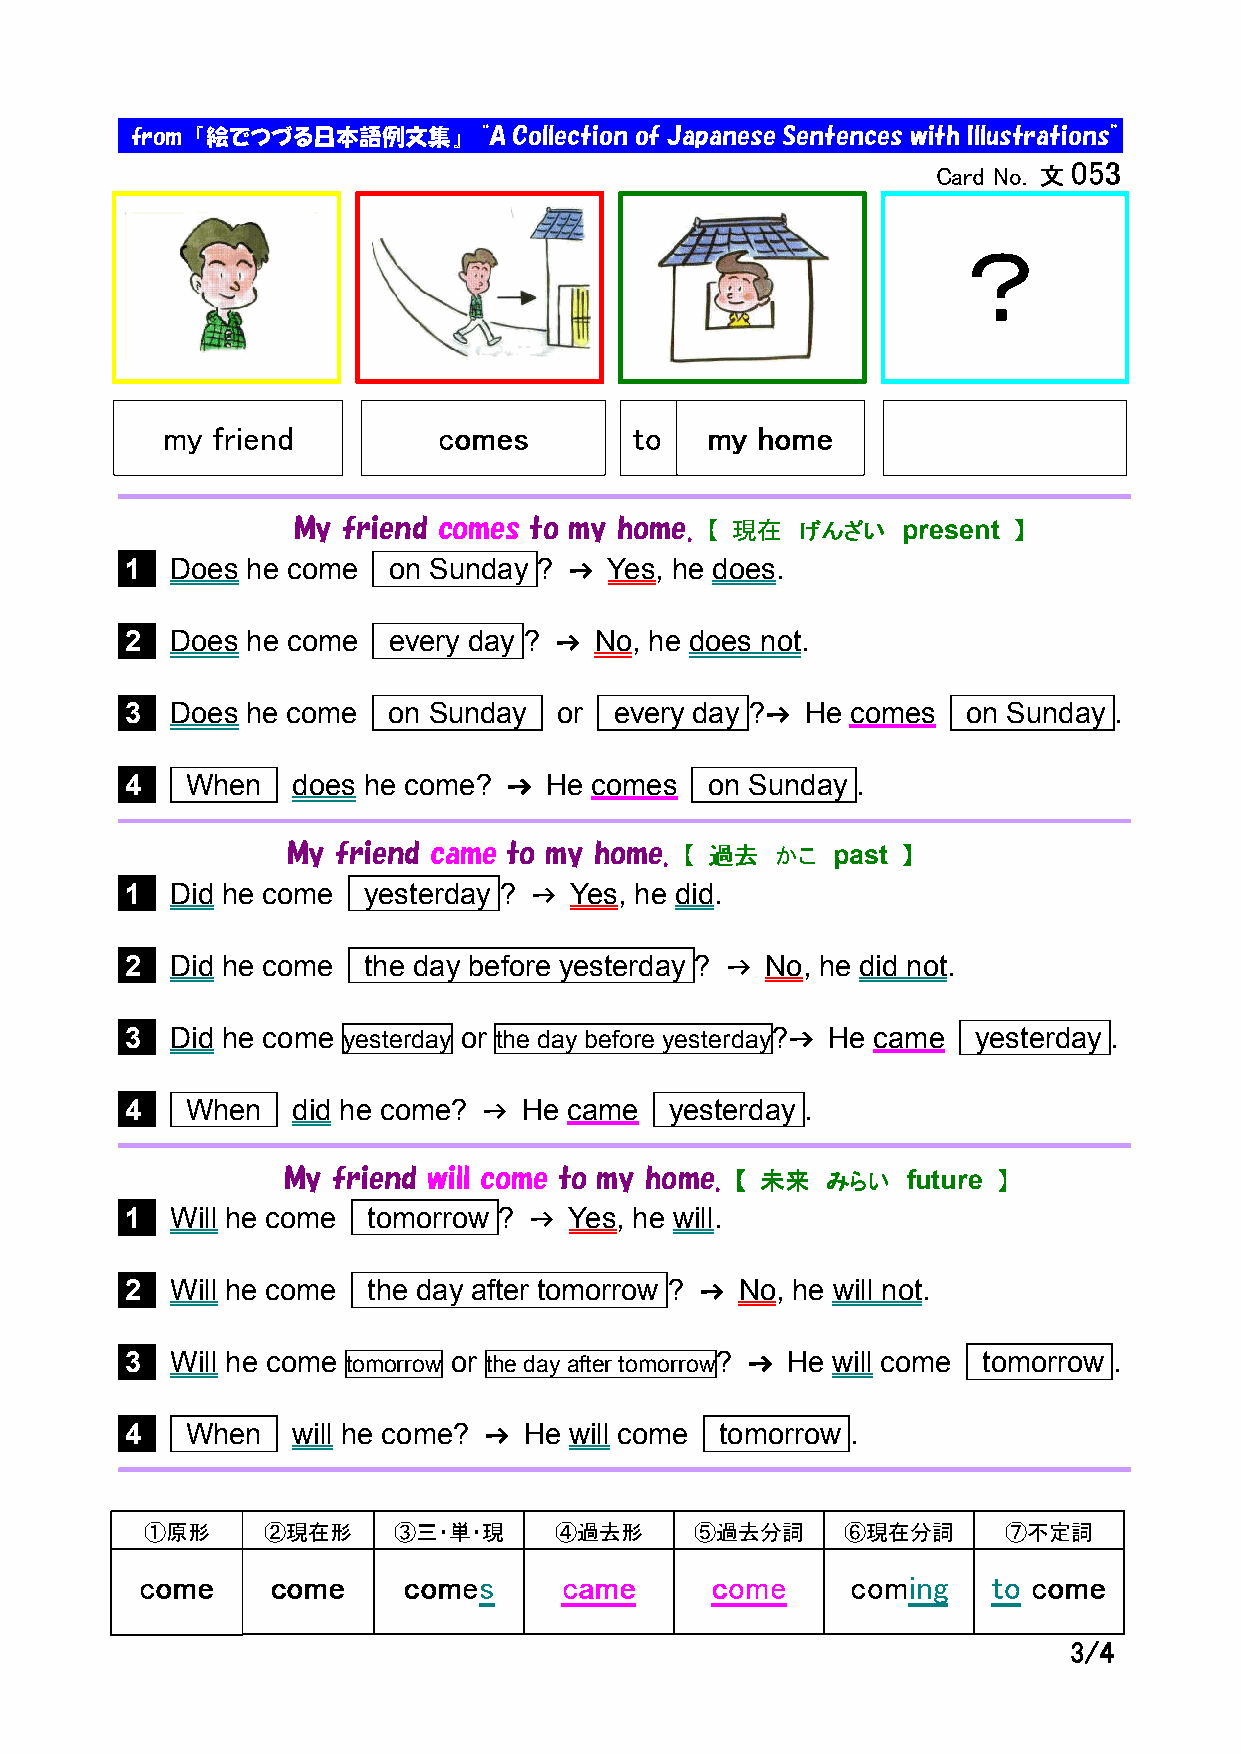
ofrom 『絵でつづる日本語例文集』     “A Collection of Japanese Sentences with Illustrations”
 Card No.
 文文文文000055553333
 ？
 mmmmyyyy ffffrrrriiiieeeennnndddd ccccoooommmmeeeessss ttttoooo mmmmyyyy hhhhoooommmmeeee
 M y friend comes to my home. 【【【【 現現現現在在在在 げげげげんんんんざざざざいいいい present 】】】】
 l1 Does he come   on Sunday ? →→→→ Yes, he does.
 l2 Does he come   every day ? →→→→ No, he does not.
 l3 Does he come   on Sunday  or  every day ?→→→→ He comes on Sunday .
 l4  When   does he come?  →→→→ He comes on Sunday .
 M y friend came to my home. 【【【【 過過過過去去去去 かかかかここここ past 】】】】
 l1 Did he come  yesterday ? →→→→ Yes, he did.
 l2 Did he come  the day before yesterday ? →→→→ No, he did not.
 l3 Did he come yesterday or the day before yesterday?→→→→ He came yesterday .
 l4  When   did he come? →→→→ He came yesterday .
 M y friend will come to my home. 【【【【 未未未未来来来来 みみみみららららいいいい future 】】】】
 l1 Will he come tomorrow ? →→→→ Yes, he will.
 l2 Will he come the day after tomorrow ? →→→→ No, he will not.
 l3 Will he come tomorrow or the day after tomorrow? →→→→ He will come tomorrow .
 l4  When   will he come? →→→→ He will come tomorrow .
 ①原形    ②現在形     ③三・単・現     ④過去形     ⑤過去分詞     ⑥現在分詞      ⑦不定詞
 ccccoooommmmeeee ccccoooommmmeeee ccccoooommmmeeeessss ccccaaaammmmeeee ccccoooommmmeeee ccccoooommmmiiiinnnngggg ttttoooo ccccoooommmmeeee
 3333////4444